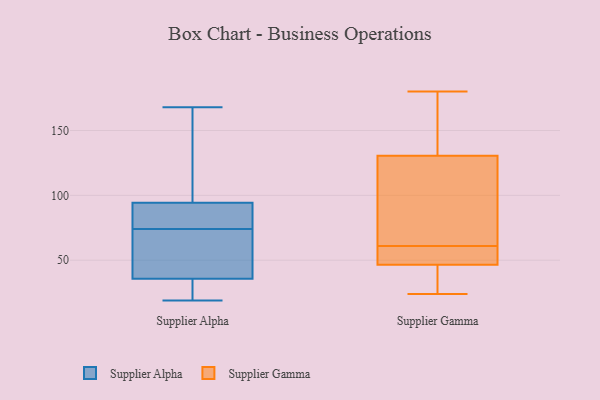
{"axis": {"x": "Page Views", "y": "Value"}, "legend": ["Supplier Alpha", "Supplier Gamma"], "data": [{"x": "", "y": 46, "type": "Supplier Alpha"}, {"x": "", "y": 97, "type": "Supplier Alpha"}, {"x": "", "y": 95, "type": "Supplier Alpha"}, {"x": "", "y": 94, "type": "Supplier Alpha"}, {"x": "", "y": 86, "type": "Supplier Alpha"}, {"x": "", "y": 32, "type": "Supplier Alpha"}, {"x": "", "y": 37, "type": "Supplier Alpha"}, {"x": "", "y": 168, "type": "Supplier Alpha"}, {"x": "", "y": 37, "type": "Supplier Alpha"}, {"x": "", "y": 93, "type": "Supplier Alpha"}, {"x": "", "y": 74, "type": "Supplier Alpha"}, {"x": "", "y": 31, "type": "Supplier Alpha"}, {"x": "", "y": 19, "type": "Supplier Alpha"}, {"x": "", "y": 180, "type": "Supplier Gamma"}, {"x": "", "y": 48, "type": "Supplier Gamma"}, {"x": "", "y": 131, "type": "Supplier Gamma"}, {"x": "", "y": 137, "type": "Supplier Gamma"}, {"x": "", "y": 130, "type": "Supplier Gamma"}, {"x": "", "y": 29, "type": "Supplier Gamma"}, {"x": "", "y": 51, "type": "Supplier Gamma"}, {"x": "", "y": 24, "type": "Supplier Gamma"}, {"x": "", "y": 71, "type": "Supplier Gamma"}, {"x": "", "y": 123, "type": "Supplier Gamma"}, {"x": "", "y": 50, "type": "Supplier Gamma"}, {"x": "", "y": 45, "type": "Supplier Gamma"}]}